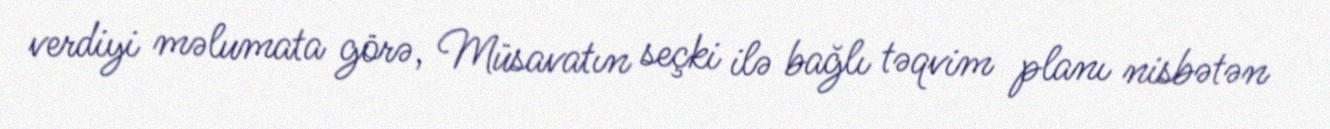
verdiyi məlumata görə, Müsavatın seçki ilə bağlı təqvim planı nisbətən